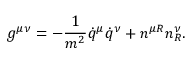
g ^ { \mu \nu } = - \frac { 1 } { m ^ { 2 } } \dot { q } ^ { \mu } \dot { q } ^ { \nu } + n ^ { \mu R } n _ { R } ^ { \nu } .